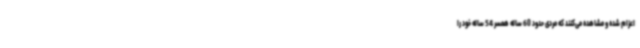
اعزام شده و مشاهده می‌کنند که مردی حدود 60 ساله همسر 54 ساله خود را